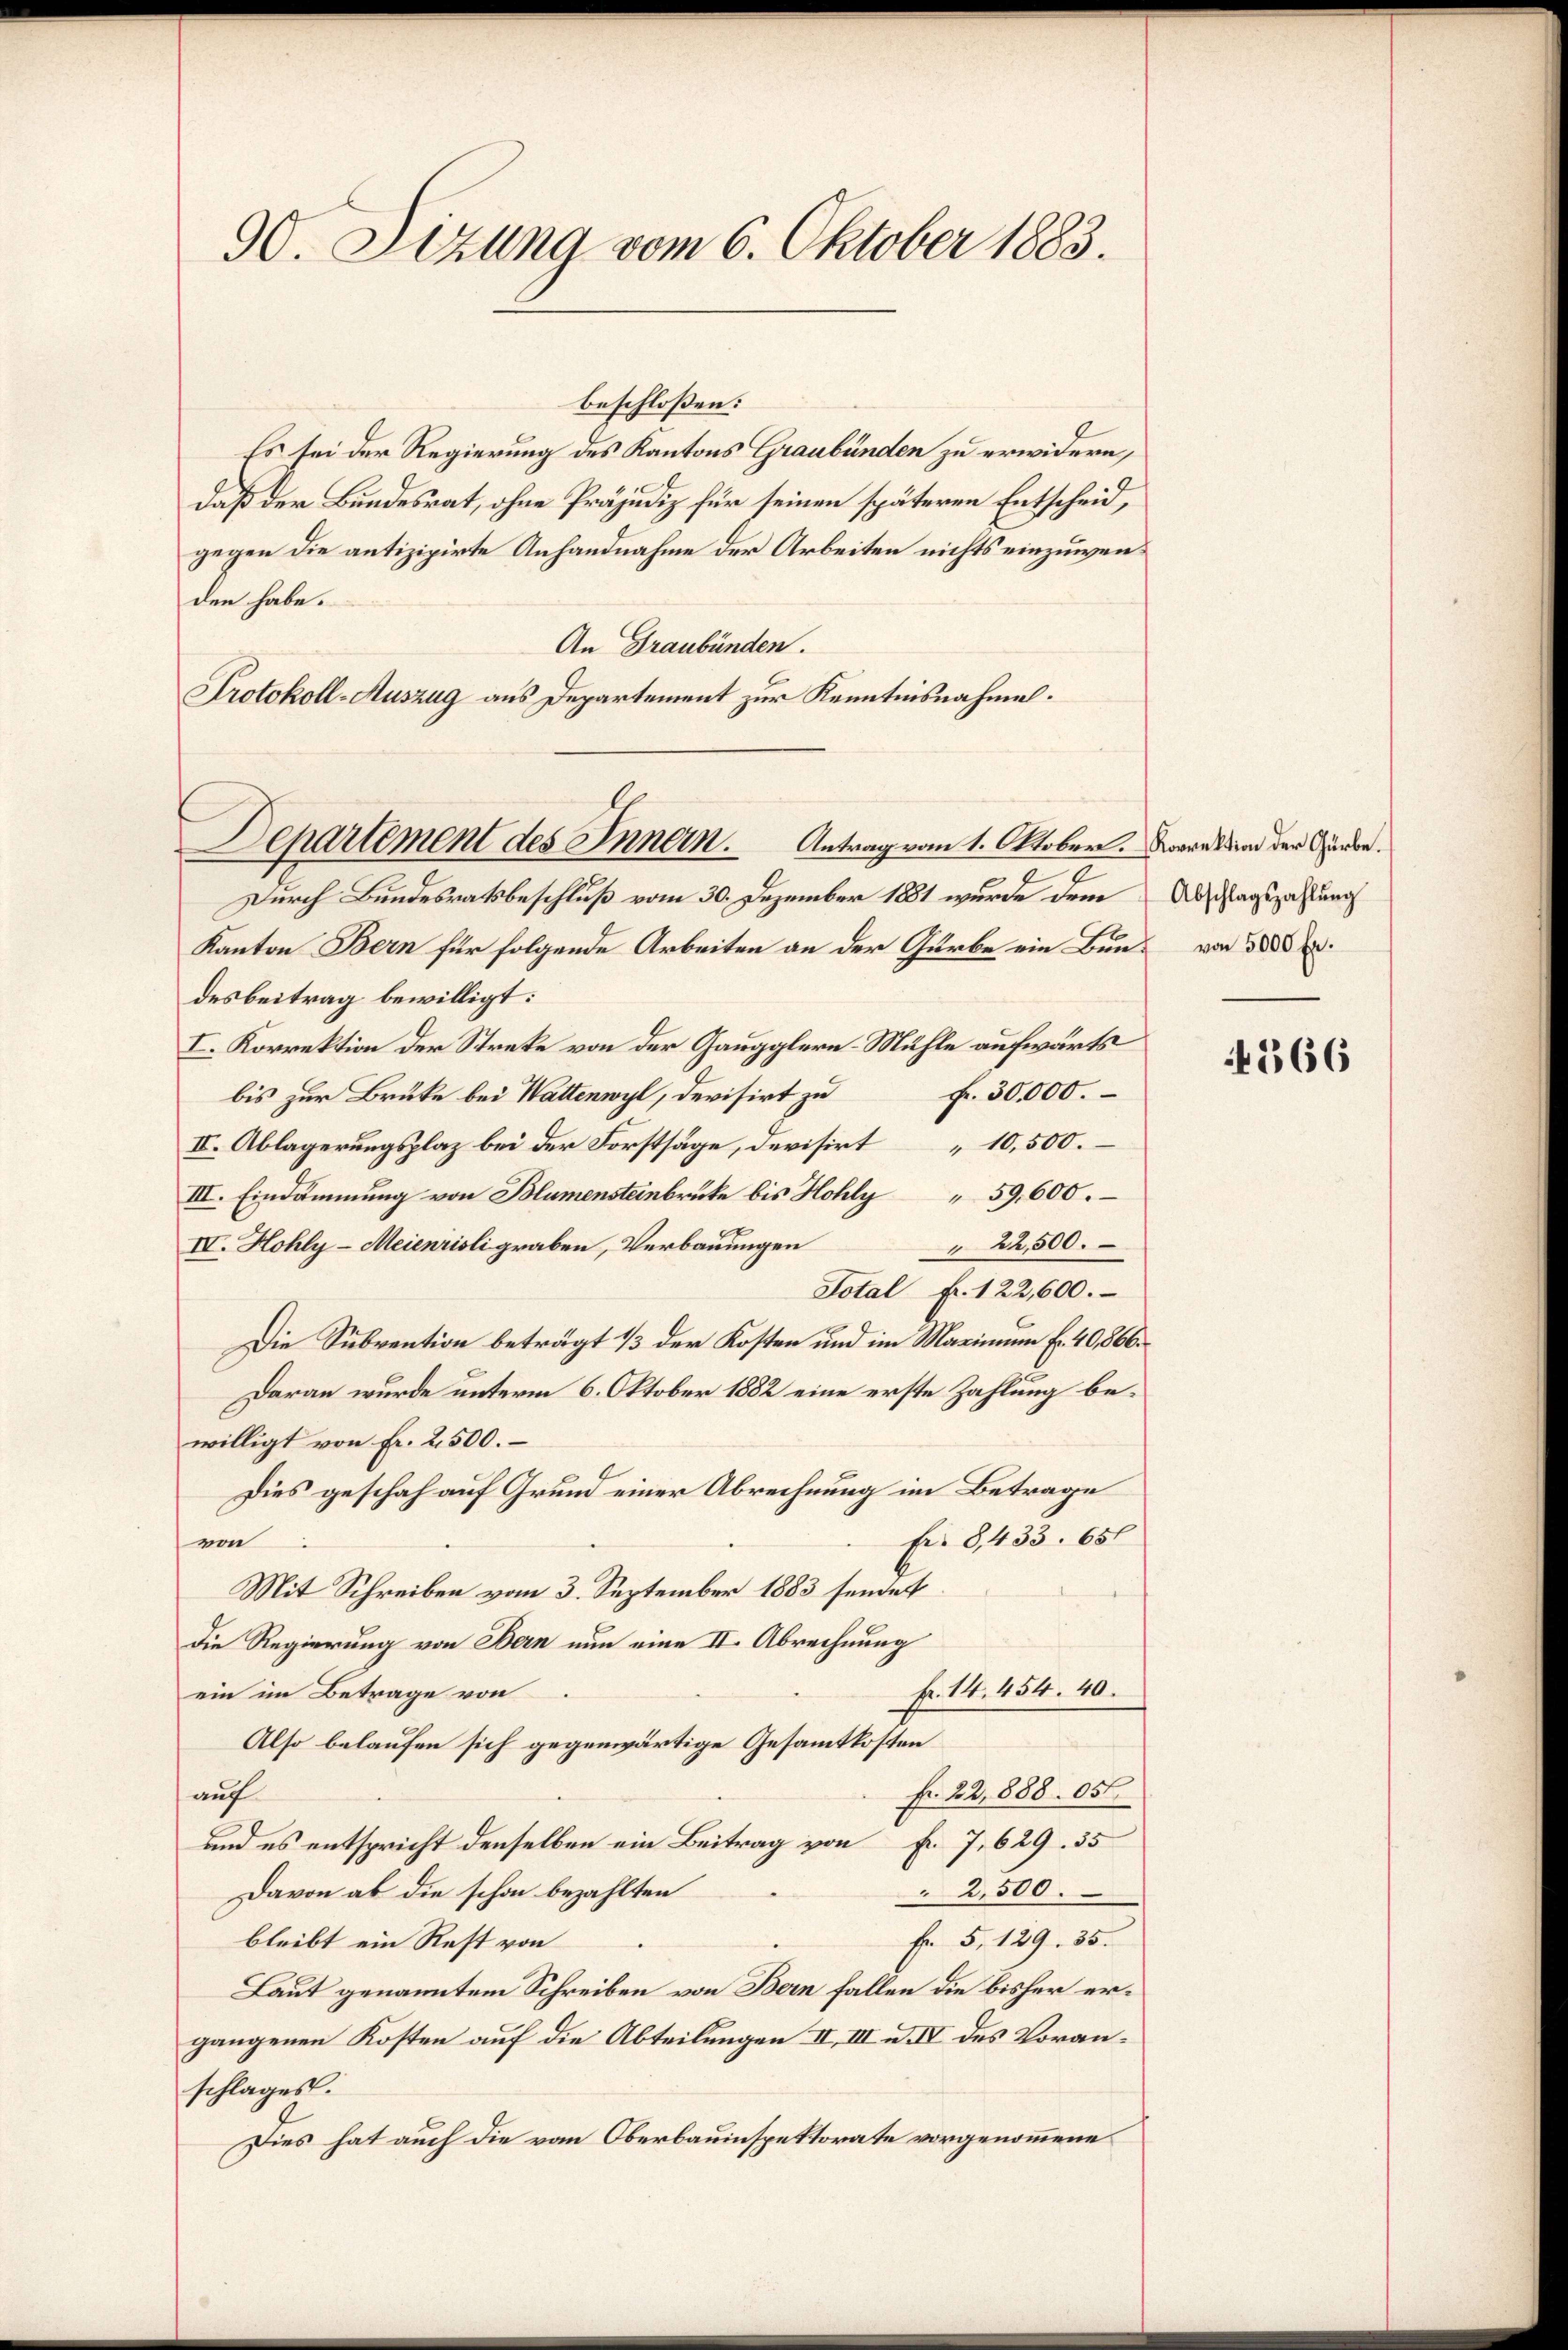
30. Sizung vom 6. Oktober 1883.

beschlossen:
Es sei der Regierung des Kantons Graubünden zu erwidern,
daß der Bundesrat, ohne Präjudiz für seinen späteren Entscheid,
gegen die antizipirte Anhandnahme der Arbeiten nichts einzuwenden habe.
An Graubünden.
Protokoll-Auszug aus Departement zur Kenntnisnahme.
Antrag vom 1. Oktober. Korrektion der Gürbe.
Durch Bundesratsbeschluß vom 30. Dezember 1881 wurde denn
Kanton Bern für folgende Arbeiten an der Gürbe ein Bun- von 1888 f.
desbeitrag bewilligt:
I. Korrektion der Streke von der Gaugglern-Mühle aufwärts
fr. 30,000.
bis zur Brüke bei Wattenwyl, devisirt zu
IV. Ablagerungsplaz bei der Forstsäge, devisirt 10,500.
III. Eindämmung von Blumensteinbrücke bis Hohly " 59,600.
22,500.
IV. Hohly-Meienrisligraben, Verbauungen
Total fr. 122,600.
Die Subvention beträgt 1/3 der Kosten und im Marinium fr. 40,866.
Daran wurde unterm 6. Oktober 1882 eine erste Zahlung bewilligt von Fr. 2500.
Dies geschah auf Grund einer Abrechnung im Betrage
Fr. 8433. 651
von
Mit Schreiben vom 3. September 1883 sendet
Die Regierung von Bern nun eine II. Abrechnung
fr. 14. 454. 40.
ein im Betrage von
Also belaufen sich gegenwärtige Gesammtkosten
fr. 22, 888. 05
auf
und es entspricht denselben ein Beitrag von f. 7, 629. 35
Davon ab die schon bezahlten
2,500.
Er 5. 129. 35.
bleibt ein Rest von
Laut genanntem Schreiben von Bern fallen die bisher ergangenen Kosten auf die Abteilungen II. III u. IV des Voranschlages.
Dies hat auch die vom Oberbauinspektorate vorgenommene

Departement des Innern.

Abschlagszahlung

4566